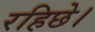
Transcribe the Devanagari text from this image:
रहिछे।